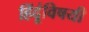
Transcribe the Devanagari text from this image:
हिंदूंविषयी